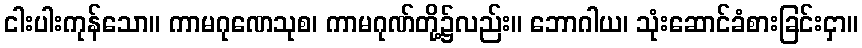
ငါးပါးကုန်သော။ ကာမဂုဏေသုစ၊ ကာမဂုဏ်တို့၌လည်း။ ဘောဂါယ၊ သုံးဆောင်ခံစားခြင်းငှာ။